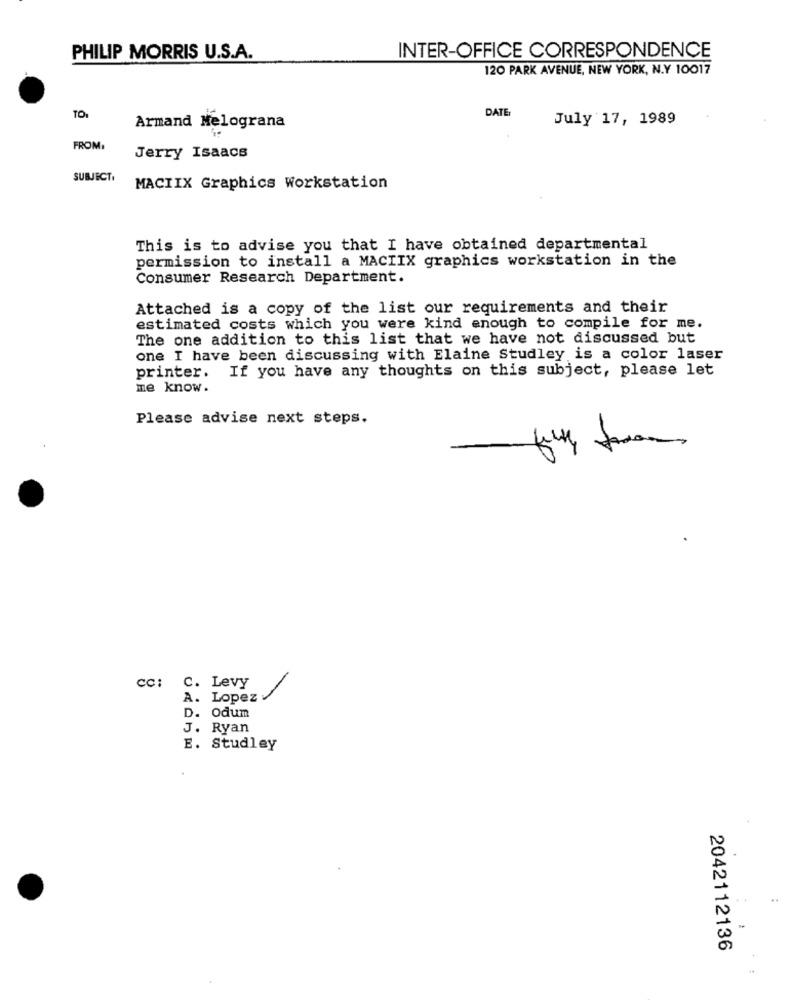
PHILIP MORRIS U.S.A.
INTER-OFFICE CORRESPONDENCE
120 PARK AVENUE, NEW YORK, N.Y 10017
DATE:
TO:
July 17, 1989
Armand Melograna
FROM:
Jerry Isaacs
SUBJECT,
MACIIX Graphics Workstation
This is to advise you that I have obtained departmental
permission to install a MACIIX graphics workstation in the
Consumer Research Department.
Attached is a copy of the list our requirements and their
estimated costs which you were kind enough to compile for me.
The one addition to this list that we have not discussed but
one I have been discussing with Elaine Studley is a color laser
printer. If you have any thoughts on this subject, please let
me know.
Please advise next steps.
-
CC:
C. Levy
A. Lopez
D. Odum
J. Ryan
E. Studley
2042112136